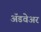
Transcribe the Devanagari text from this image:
अॅडवेअर